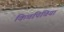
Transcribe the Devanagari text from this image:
किचपिचिया